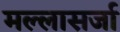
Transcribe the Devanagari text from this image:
मल्लासर्जा